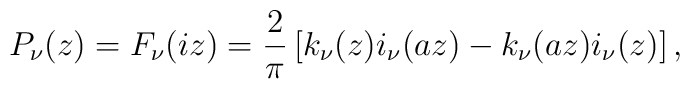
P_\nu(z)=F_\nu(i z)={2\over \pi}\left[ k_\nu(z)i_\nu(a z)-k_\nu(a z)i_\nu(z)\right],